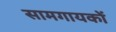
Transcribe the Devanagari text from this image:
सामगायकों